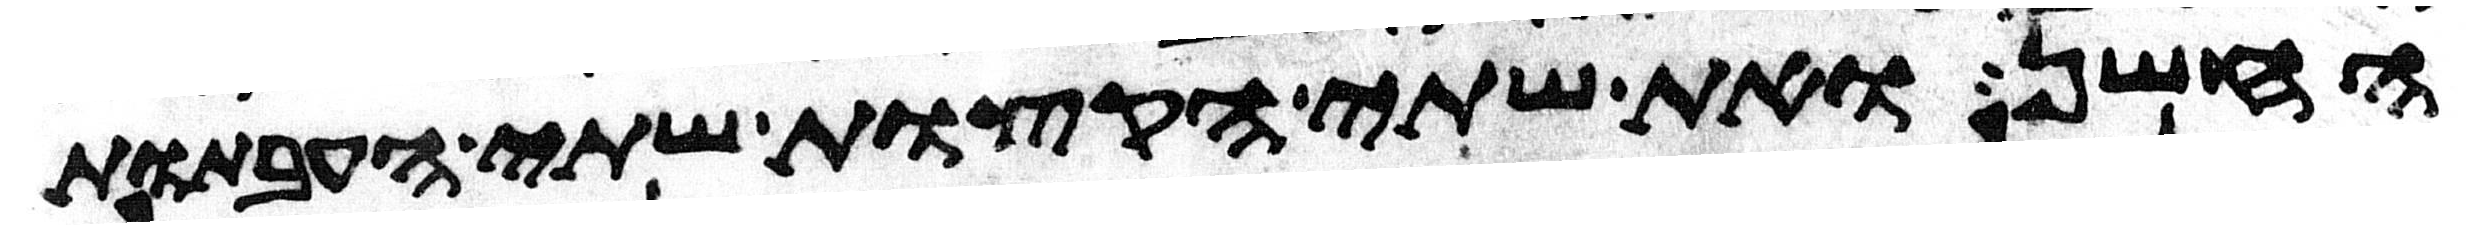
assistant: החשן ואת שתי הקצות שתי העבתות